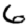
Digit: 6